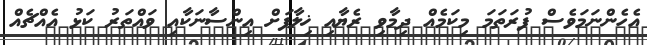
އެހެންނަމަވެސް ފުރަތަމަ މިކަމެއް ދިމާވި ރެޔާއި ޚިލާފަށް އިންސާނަކާއި ވައްތަރު ކަޅު އެއްޗެއް